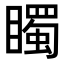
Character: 𥋛